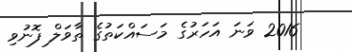
2016 ވަނަ އަހަރުގެ މަސައްކަތުގެ ތާވަލް ފޮނުވި